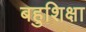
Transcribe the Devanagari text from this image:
बहुशिक्षा